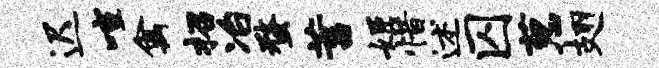
迟喧禽招冶蝥蓄姬惜述囚葱翅